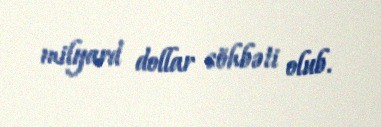
milyard dollar söhbəti olub.